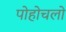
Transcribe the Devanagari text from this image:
पोहोचलो